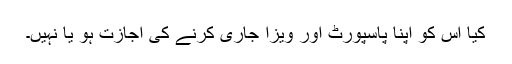
کیا اس کو اپنا پاسپورٹ اور ویزا جاری کرنے کی اجازت ہو یا نہیں۔